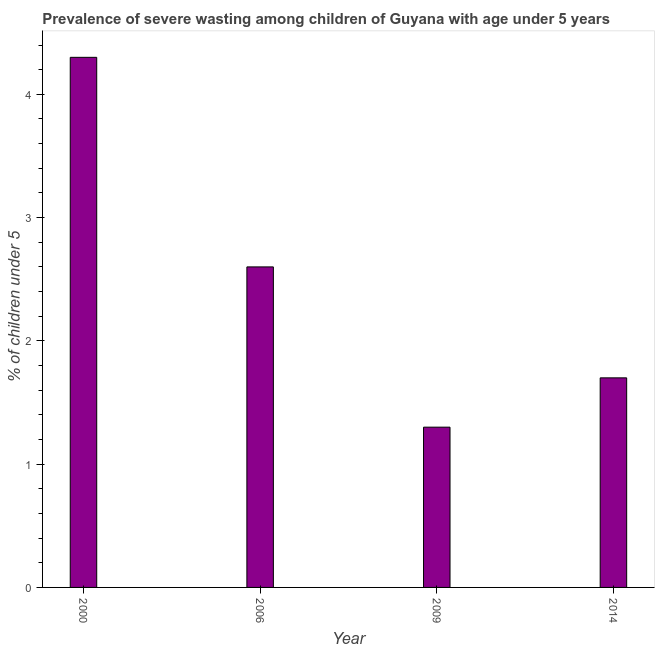
| Year | Prevalence of severe wasting |
 | --- | --- |
 | 2000 | 4.3 |
 | 2006 | 2.6 |
 | 2009 | 1.3 |
 | 2014 | 1.7 |